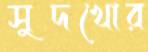
সুদখোর